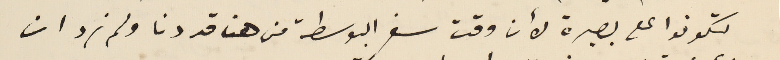
لتكونوا على بصيرة لأن وقت سفر البوسطة من هنا قد دنا ولم نرد ان